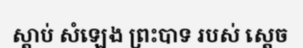
ស្តាប់ សំឡេង ព្រះបាទ របស់ ស្តេច